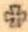
+